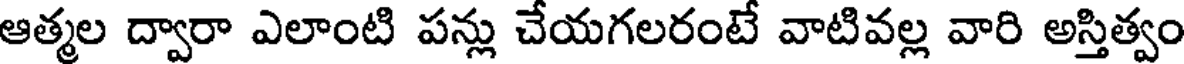
ఆత్మల ద్వారా ఎలాంటి పన్లు చేయగలరంటే వాటివల్ల వారి అస్తిత్వం